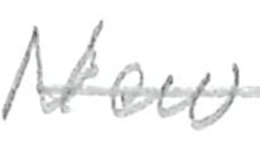
Text: New
Cross-out: single-line
Writing tool: pencil